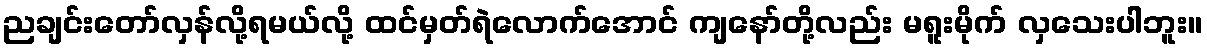
ညချင်းတော်လှန်လို့ရမယ်လို့ ထင်မှတ်ရဲလောက်အောင် ကျနော်တို့လည်း မရူးမိုက် လှသေးပါဘူး။